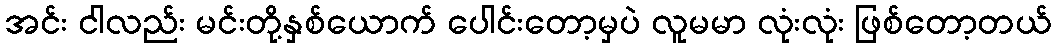
အင်း ငါလည်း မင်းတို့နှစ်ယောက် ပေါင်းတော့မှပဲ လူမမာ လုံးလုံး ဖြစ်တော့တယ်